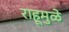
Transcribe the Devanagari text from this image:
राहूमुळे